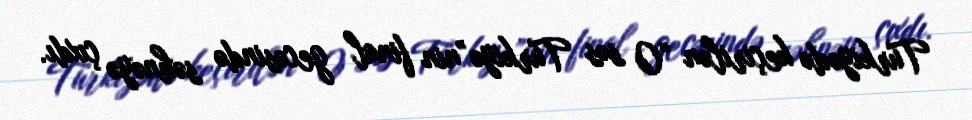
Türkiyədə keçirilən “O səs Türkiyə”nin final gecəsində səhnəyə çıxdı.